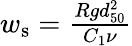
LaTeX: \begin{array}{r}{w_{\mathrm{s}}=\frac{Rgd_{50}^{2}}{C_{1}\nu}}\end{array}